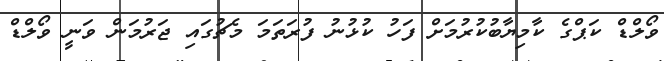
ވޯލްޑް ކަޕްގެ ކާމިޔާބުކުރުމަށް ފަހު ކުޅުނު ފުރަތަމަ މެޗުގައި ޖަރުމަން ވަނީ ވޯލްޑް